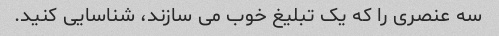
سه عنصری را که یک تبلیغ خوب می سازند، شناسایی کنید.